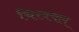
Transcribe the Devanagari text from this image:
चिरक्क्ल